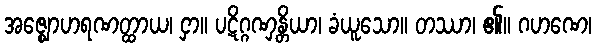
အဇ္ဈောဟရဏတ္ထာယ၊ ငှာ။ ပဋိဂ္ဂဏှန္တိယာ၊ ခံယူသော။ တဿာ၊ ၏။ ဂဟဏေ၊